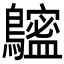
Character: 𪆮